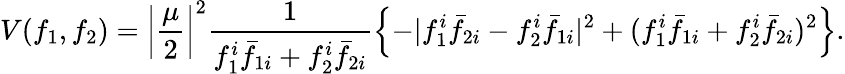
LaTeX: V(f_{1},f_{2})=\left|\frac{\mu}{2}\right|^{2}\frac{1}{f_{1}^{i}{\bar{f}}_{1i}+f_{2}^{i}{\bar{f}}_{2i}}\left\{ -|f_{1}^{i}{\bar{f}}_{2i}-f_{2}^{i}{\bar{f}}_{1i}|^{2}+(f_{1}^{i}{\bar{f}}_{1i}+f_{2}^{i}{\bar{f}}_{2i})^{2}\right\} .